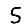
Digit: 5